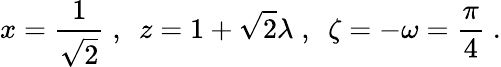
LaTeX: x=\frac{1}{\sqrt{2}}\; ,~~z=1+\sqrt{2}\lambda\; ,~~\zeta=-\omega=\frac{\pi}{4}\; .